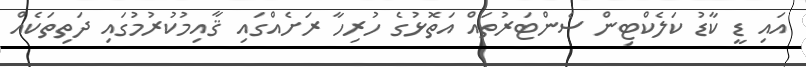
އައި ޑީ ކާޑު ކަލެކްޓިން ސެންޓަރުތައް އަތޮޅުގެ ހުރިހާ ރަށެއްގައި ޤާއިމުކުރުމުގައި ދަތިތަކެއް